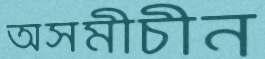
অসমীচীন